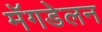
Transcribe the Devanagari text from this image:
मॅगडेलन